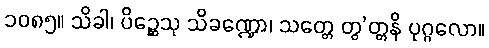
၁၀၈၅။ သိခါ၊ ပိဉ္ဆေသု သိခဏ္ဍော၊ သတ္တေ တွ’တ္တနိ ပုဂ္ဂလော။